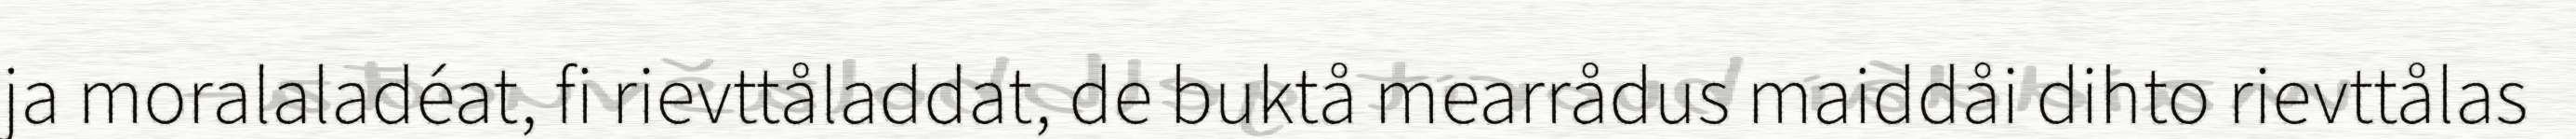
ja moralaladéat, fi rievttåladdat, de buktå mearrådus maiddåi dihto rievttålas